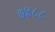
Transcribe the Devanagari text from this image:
७४८८